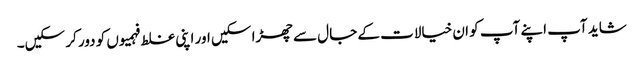
شاید آپ اپنے آپ کو ان خیالات کے جال سے چھڑا سکیں اور اپنی غلط فہمیوں کو دور کر سکیں۔